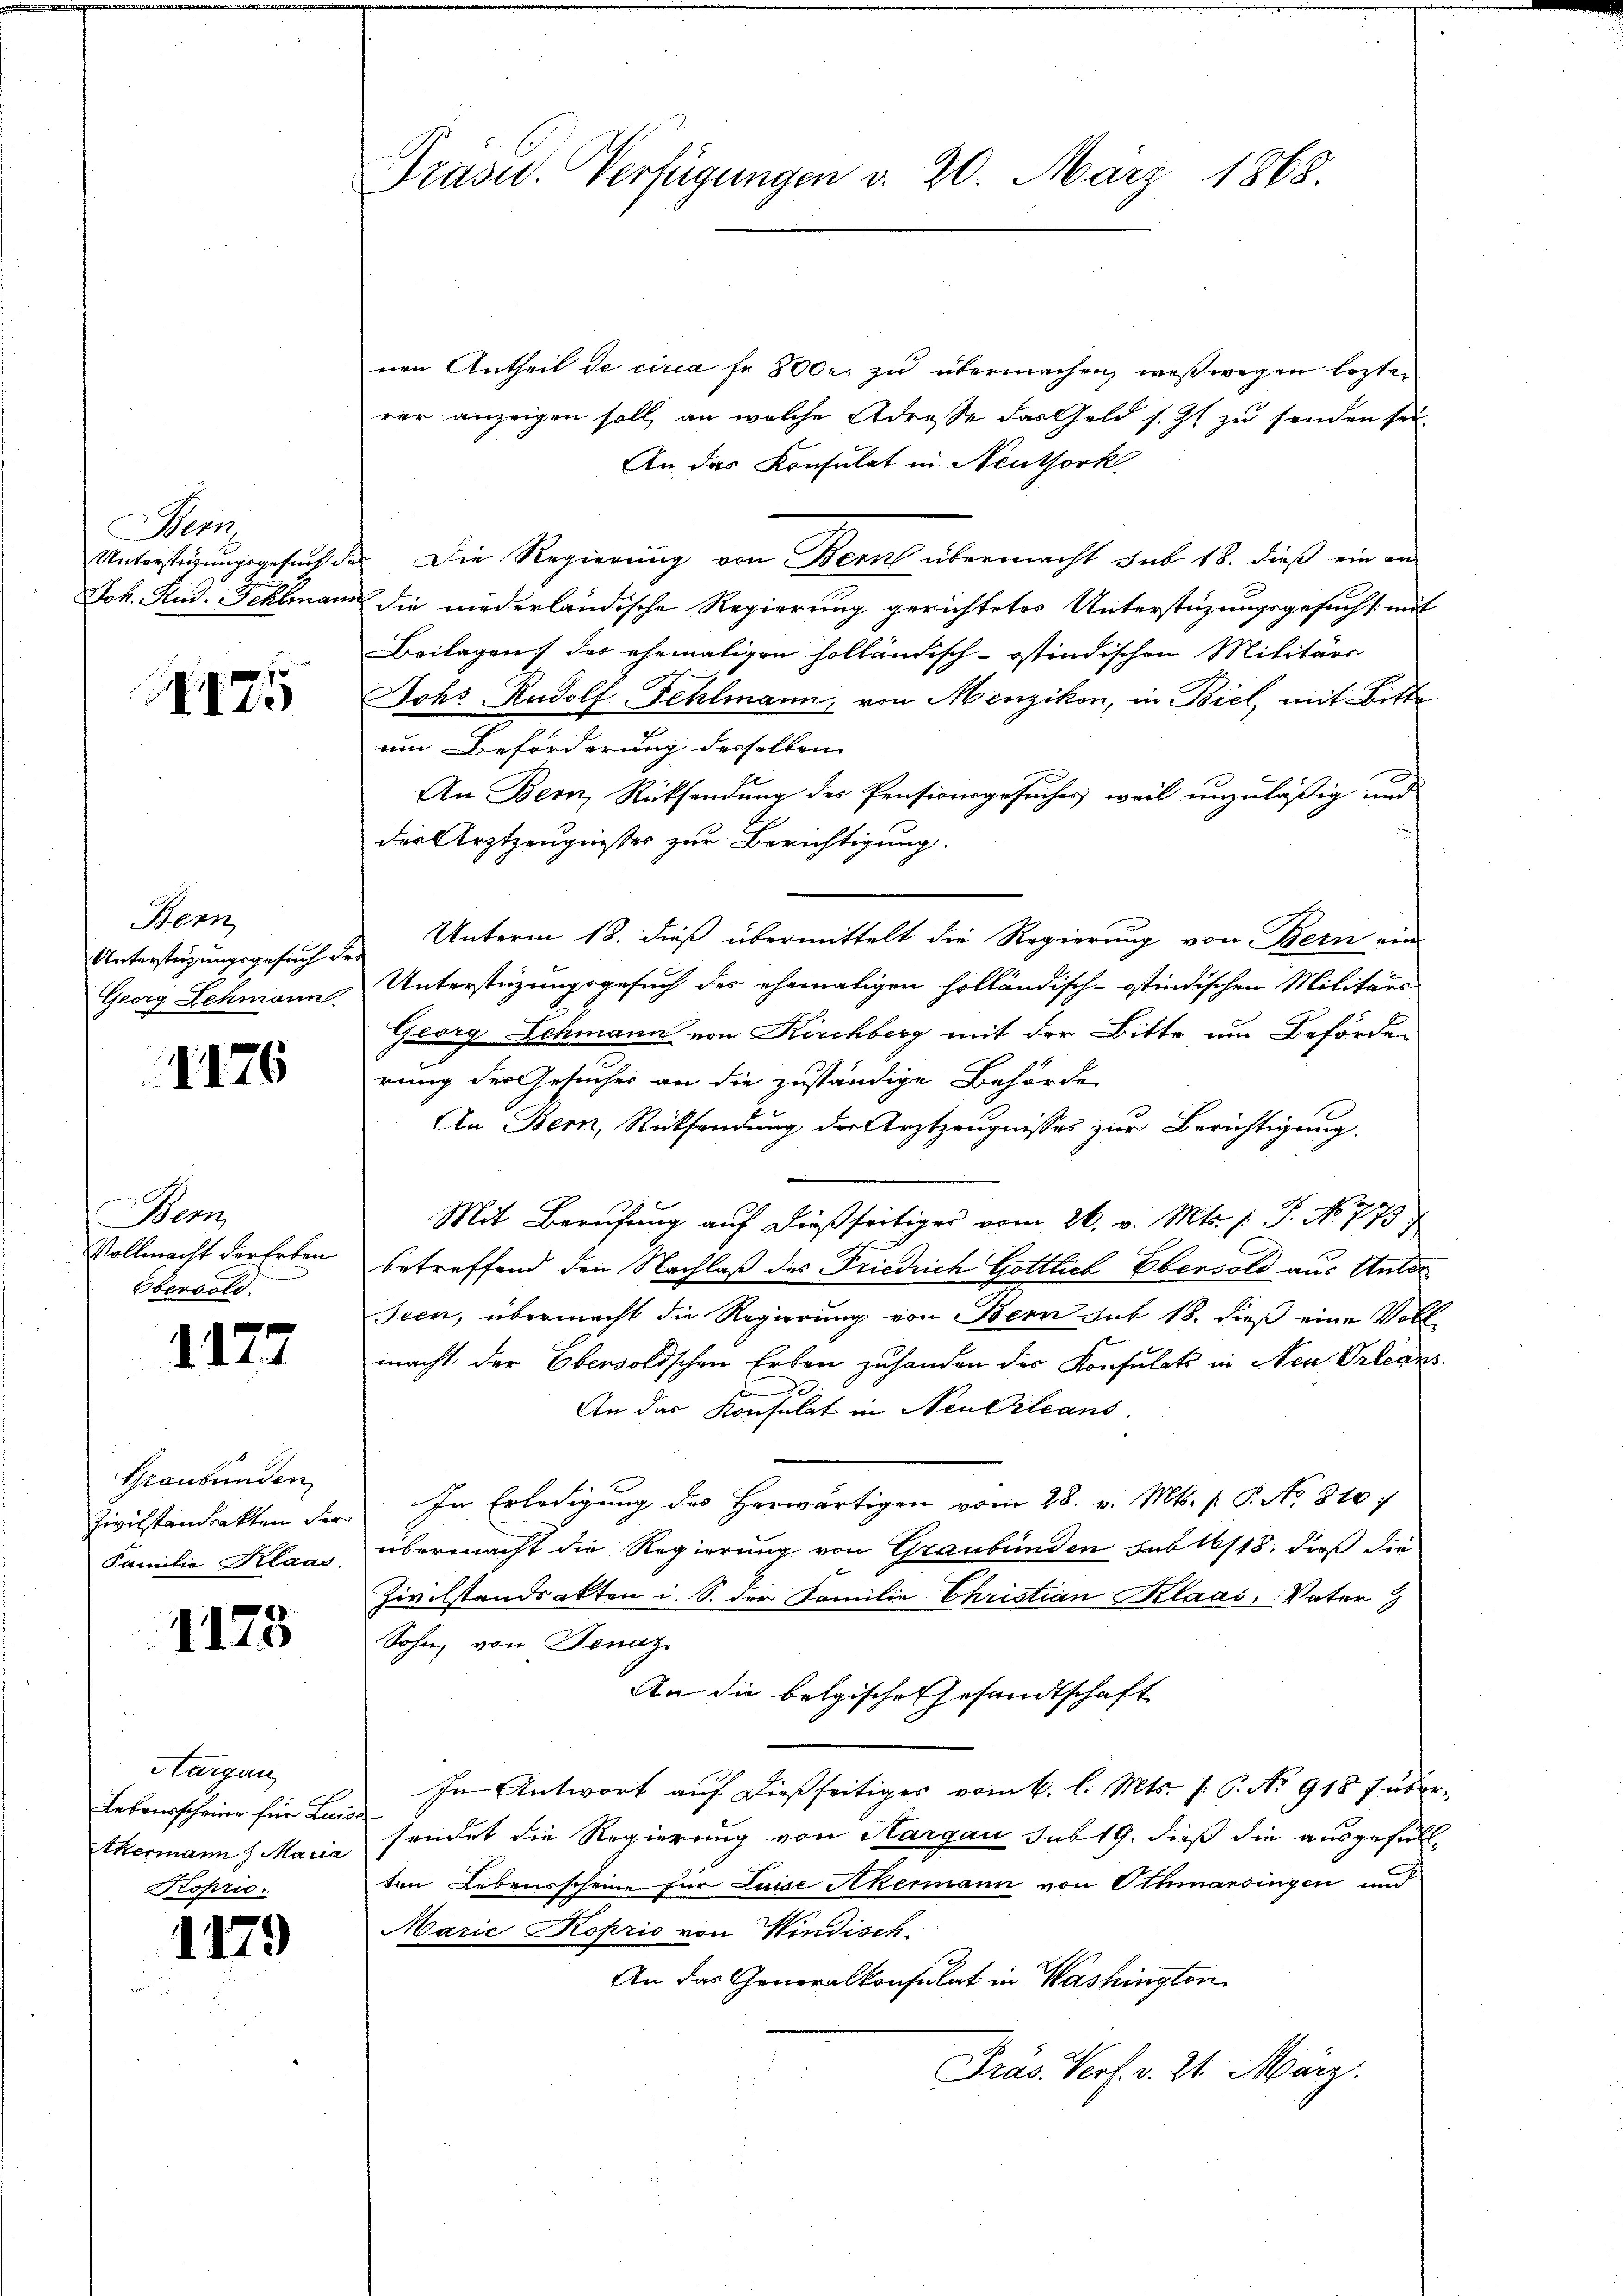
ort
Unterstüzungsgesuch de
Joh. Rud. Fehlmann

II25

Hern
Unterstüzungsgesuch der
Georg Lehmann.

1176

Bem
Vollmacht der Erben
Obergold.

1172

Graubünden
Zivilstandrakten der
Familie Klaas,

1173

Hargau
Lebensscheine für Luise
Akermann Maria

1179

Präsid.. Verfügungen v. 20. März 1868.

nen Antheil de circa Fr. 800 zu übermachen, weßwegen lezterer anzeigen soll, an welche Adresse das Geld s. Z. zu senden sei,
An das Konsulat in Neuthork
2. Die Regierung von Bern übermacht sub 18. dieß ein andie niederländische Regierung gerichtetes Unterstüzungsgesucht mit
Beilagen des ehemaligen holländisch-östindischen Militärs
Johs. Rudolf Fehlmann, von Menzikon, in Biel mit Bitte
um Beförderung desselben
An Bern, Rücksendung der Pensionsgesuches weil unzuläßig und
der Arztzeugnisses zur Berichtigung.
Unterm 18. dieß übermittelt die Regierung von Bern ein
Unterstüzungsgesuch der ehemaligen holländisch-ostindischen Militärs
Georg Schmann von Kirchberg mit der Bitte um Beförden
rung der Gesuches an die zuständige Behörde
An Bern, Rücksendung der Arztzeugnisses zur Berichtigung.
Mit Berufung auf dießseitiges vom 26. v. Mts. f. P. No 773)
betreffend den Nachlaß des Friedrich Gottlich Eberold aus Unter¬
Seen, übermacht die Regierung von Bern sub 18. dieß eine Voll-
macht der Ebensoldschen Erben zuhanden der Konsulats in Neu-Orleans
e
An das Konsulat in Neukrleans
In Erledigung des Herwärtigen vom 28. v. Mts. f. P. No. 810:
übermacht die Regierung von Graubünden sub 16/18. dieß die
Zivilstandsakten i. S. der Familie Christian Klaas, Vater
Sohn, von Benaz
An die belgischen Gesandtschaft
In Antwort auf dießseitiges vom 6. l. Mts. p. C. No 918 f über-
sendet die Regierung von Aargau sub 19. dieß die ausgefällten Lebensscheine für Luise Akermann von Othmarsingen und
Marie Koprio von Windisch
An das Generalkonsulat in Washington
Präs. Verf. v. 24. März.